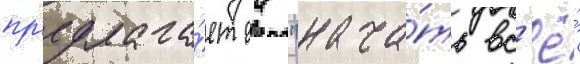
пр'едлага́ет еи "нача́ть вс'ё́